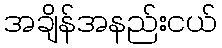
အချိန်အနည်းငယ်